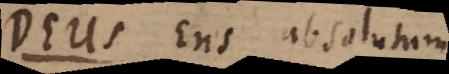
s Ens absolutum.